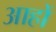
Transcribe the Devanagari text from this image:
आहों